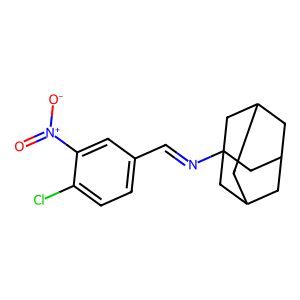
SMILES: O=[N+]([O-])c1cc(C=NC23CC4CC(CC(C4)C2)C3)ccc1Cl
Inhibits HIV replication: No